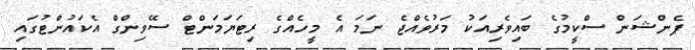
ޕެންޝަން ސްކީމުގެ ބައިވެރިއަކު މަރުވެއްޖެ ނަމަ އެ މީހެއްގެ ރިޓަޔަމަންޓް ސޭވިންގް އެކައުންޓުގައި